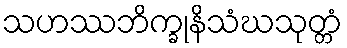
သဟဿဘိက္ခုနိသံဃသုတ္တံ